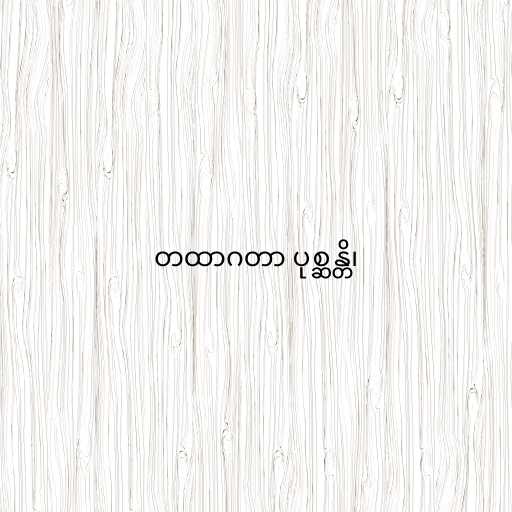
တထာဂတာ ပုစ္ဆန္တိ၊